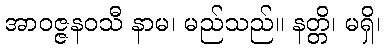
အာဝဇ္ဇနဝသီ နာမ၊ မည်သည်။ နတ္တိ၊ မရှိ၊